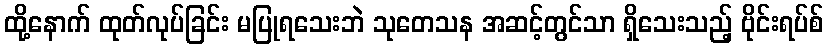
ထို့နောက် ထုတ်လုပ်ခြင်း မပြုရသေးဘဲ သုတေသန အဆင့်တွင်သာ ရှိသေးသည့် ဗိုင်းရပ်စ်